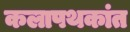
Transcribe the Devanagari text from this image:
कलापथकांत